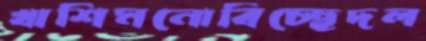
খাশিমনোবিচ্ছেদল